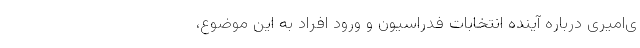
ی‌امیری درباره آینده انتخابات فدراسیون و ورود افراد به این موضوع،